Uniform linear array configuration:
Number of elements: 32
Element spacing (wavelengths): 0.25
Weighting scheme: exponential
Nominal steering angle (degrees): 15
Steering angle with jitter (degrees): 15.661
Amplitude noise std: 0.05
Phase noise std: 0.05

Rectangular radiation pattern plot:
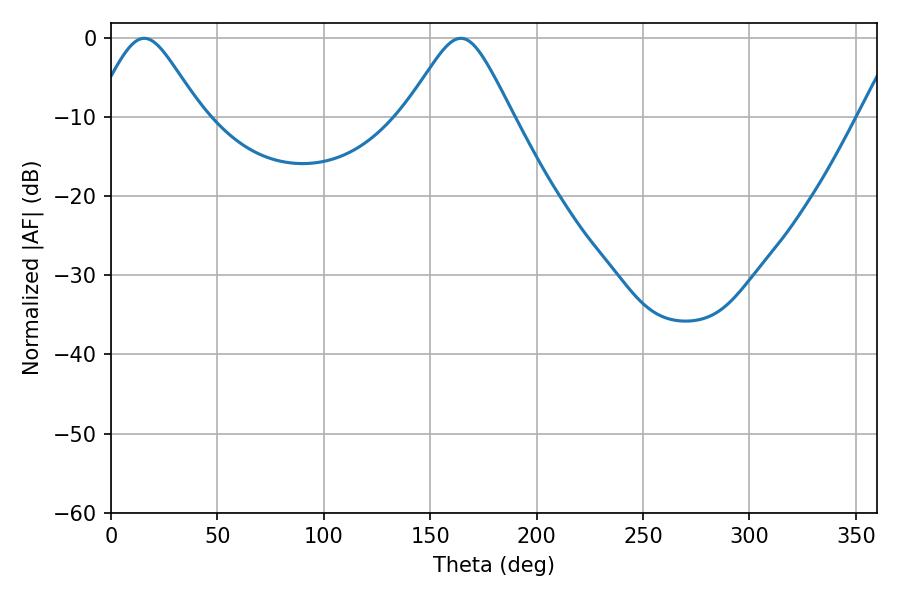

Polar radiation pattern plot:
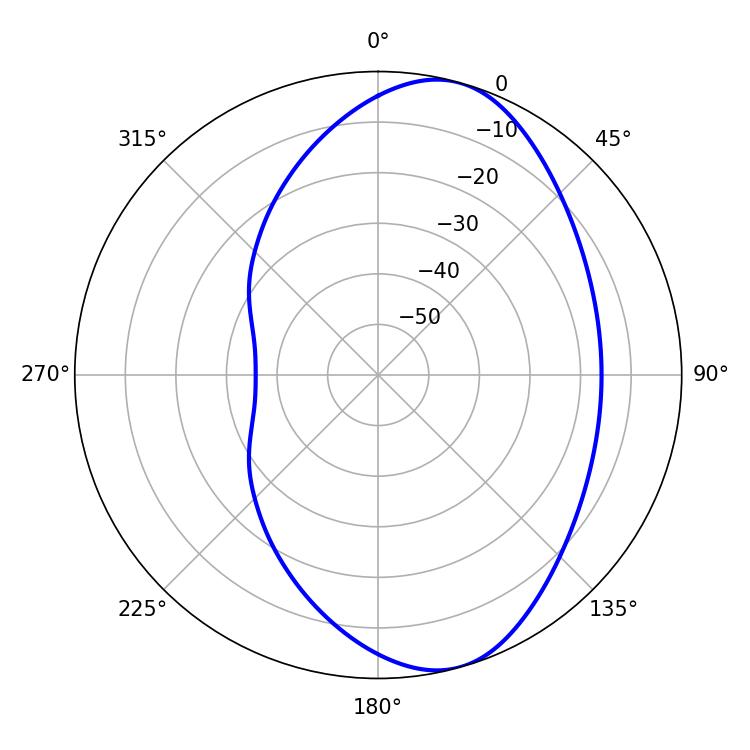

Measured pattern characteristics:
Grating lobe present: FALSE
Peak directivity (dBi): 7.923
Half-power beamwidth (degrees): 24.48
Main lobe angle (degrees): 15.66